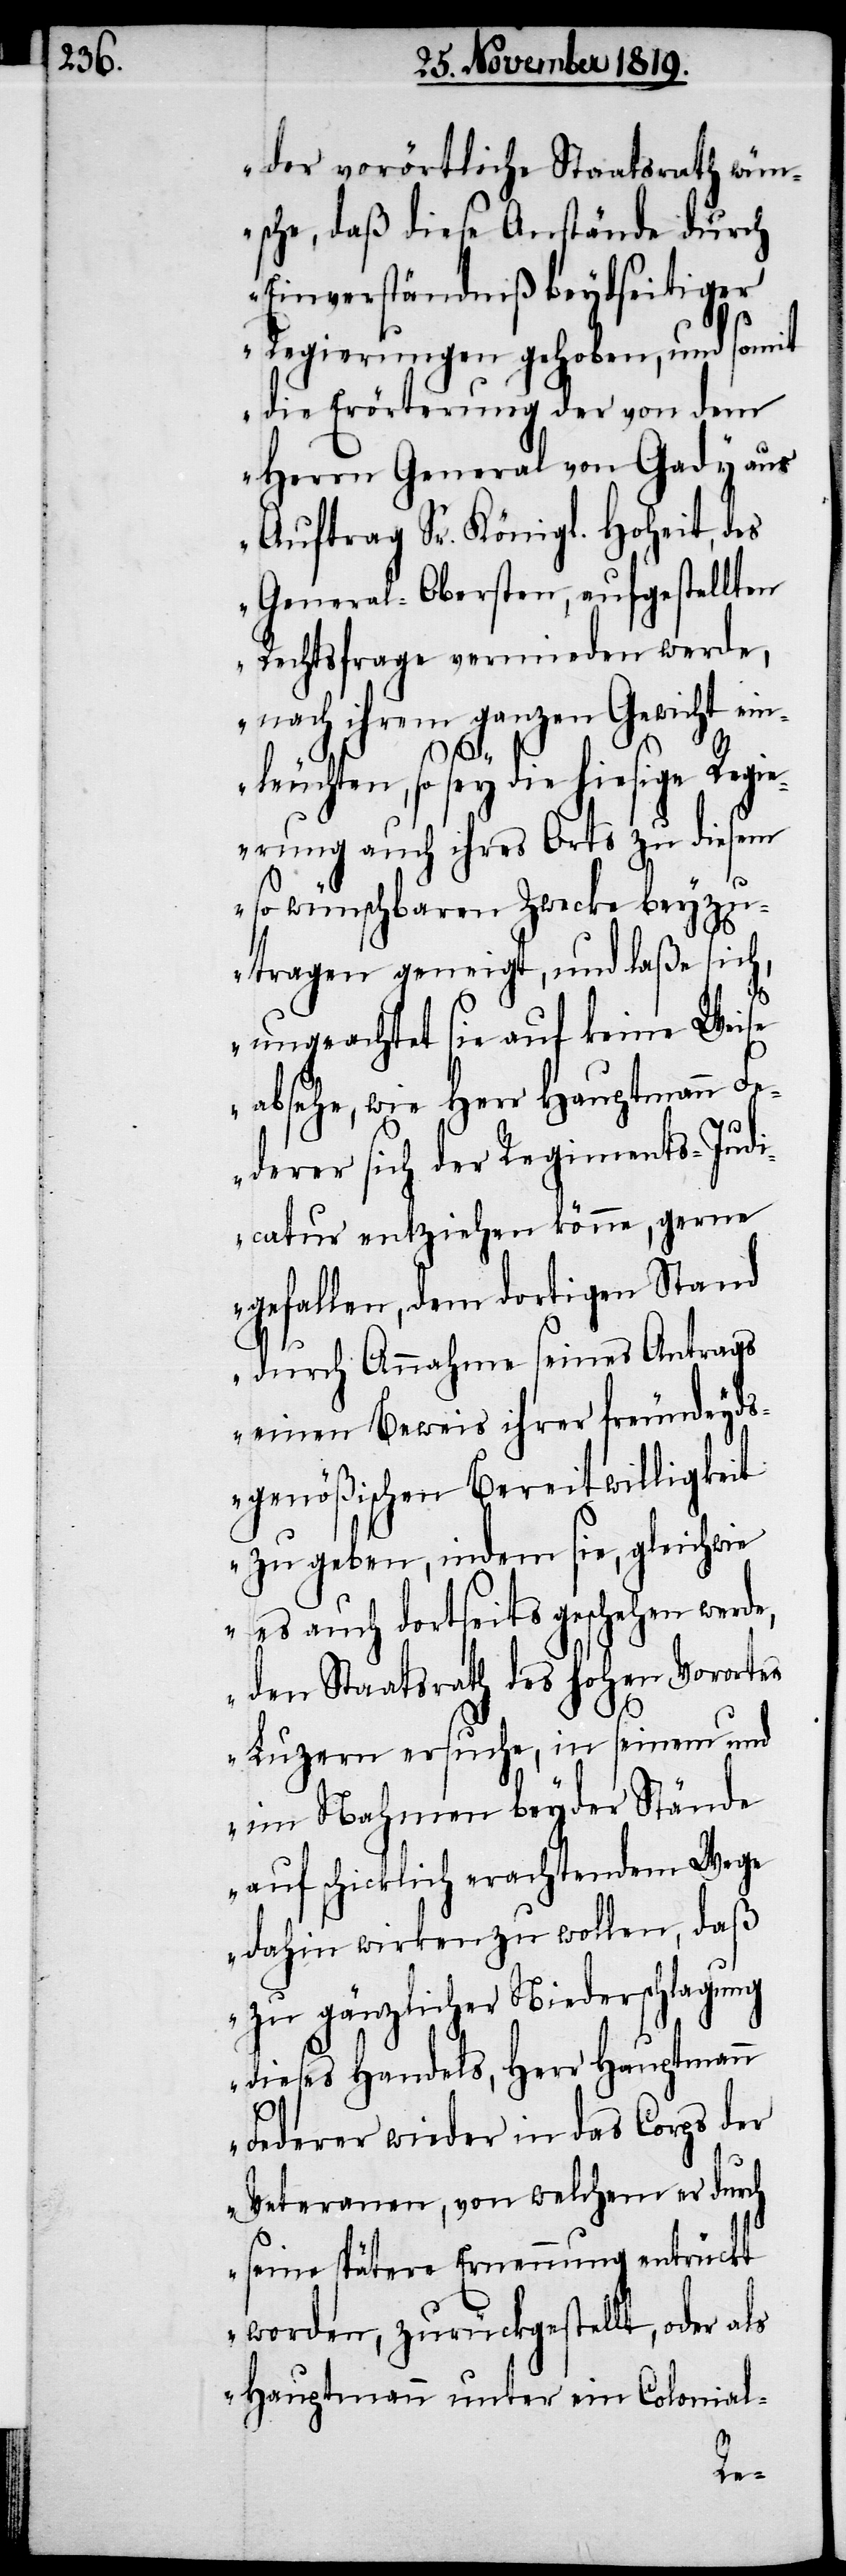
der vorörtliche Staatsrath wün¬
sche, daß diese Anstände durch
Einverständniß beydseitiger
Regierungen gehoben, und somit
die Erörterung der von dem
Herrn General von Gady aus
Auftrag Sr. Königl. Hoheit, des
General-Obersten, aufgestellten
Rechtsfrage vermieden werde,
nach ihrem ganzen Gewicht ein¬
leuchten, so sey die hiesige Regi¬
erung auch ihres Orts zu diesem
so wünschbaren Zwecke beyzu¬
tragen geneigt, und laße sich,
ungeachtet sie auf keine Weise
absehe, wie Herr Hauptmann Fe¬
derer sich der Regiments-Iudi¬
catur entziehen könne, gerne
gefallen, dem dortigen Stand
durch Annahme seines Antrags
einen Beweis ihrer freundeyds¬
genößischen Bereitwilligkeit
zu geben, indem sie, gleichwie
es auch dortseits geschehen werde,
den Staatsrath des hohen Vorortes
Luzern ersuche, in seinem und
im Nahmen beyder Stände
auf schicklich erachtenden Wege
dahin wirken zu wollen, daß
zu gänzlicher Niederschlagung
dieses Handels, Herr Hauptmann
Federer wieder in das Corps der
Veteranen, von welchem er durch
seine spätere Ernennung entrückt
worden, zurückgestellt, oder als
Hauptmann unter ein Colonial-